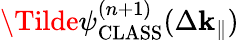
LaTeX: \Tilde{\psi}_{\mathrm{CLASS}}^{(n+1)}(\Delta\mathbf{k}_{\parallel})